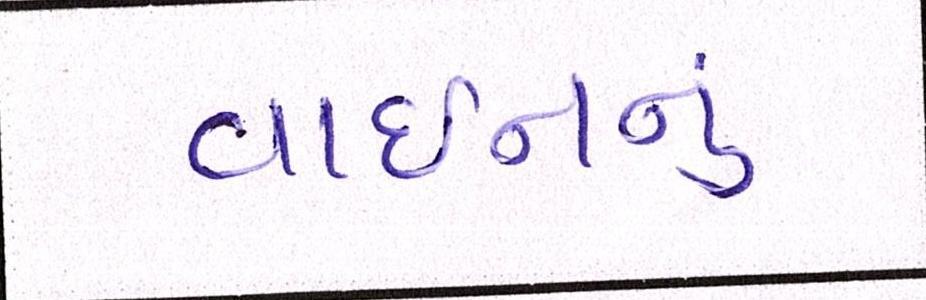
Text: વાઇનનું